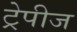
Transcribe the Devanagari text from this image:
ट्रेपीज